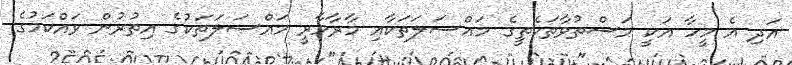
އަދި އެ މީހާ އަކީ މަސްތުވާތަކެތީގެ މައްސަލަތަކާއި މާރާމާރީ މައްސަލަތަކުގެ އިތުރުން ވައްކަމުގެ